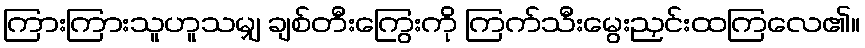
ကြားကြားသူဟူသမျှ ချစ်တီးကြွေးကို ကြက်သီးမွေးညှင်းထကြလေ၏။